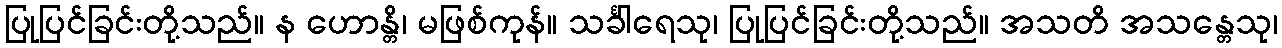
ပြုပြင်ခြင်းတို့သည်။ န ဟောန္တိ၊ မဖြစ်ကုန်။ သင်္ခါရေသု၊ ပြုပြင်ခြင်းတို့သည်။ အသတိ အသန္တေသု၊